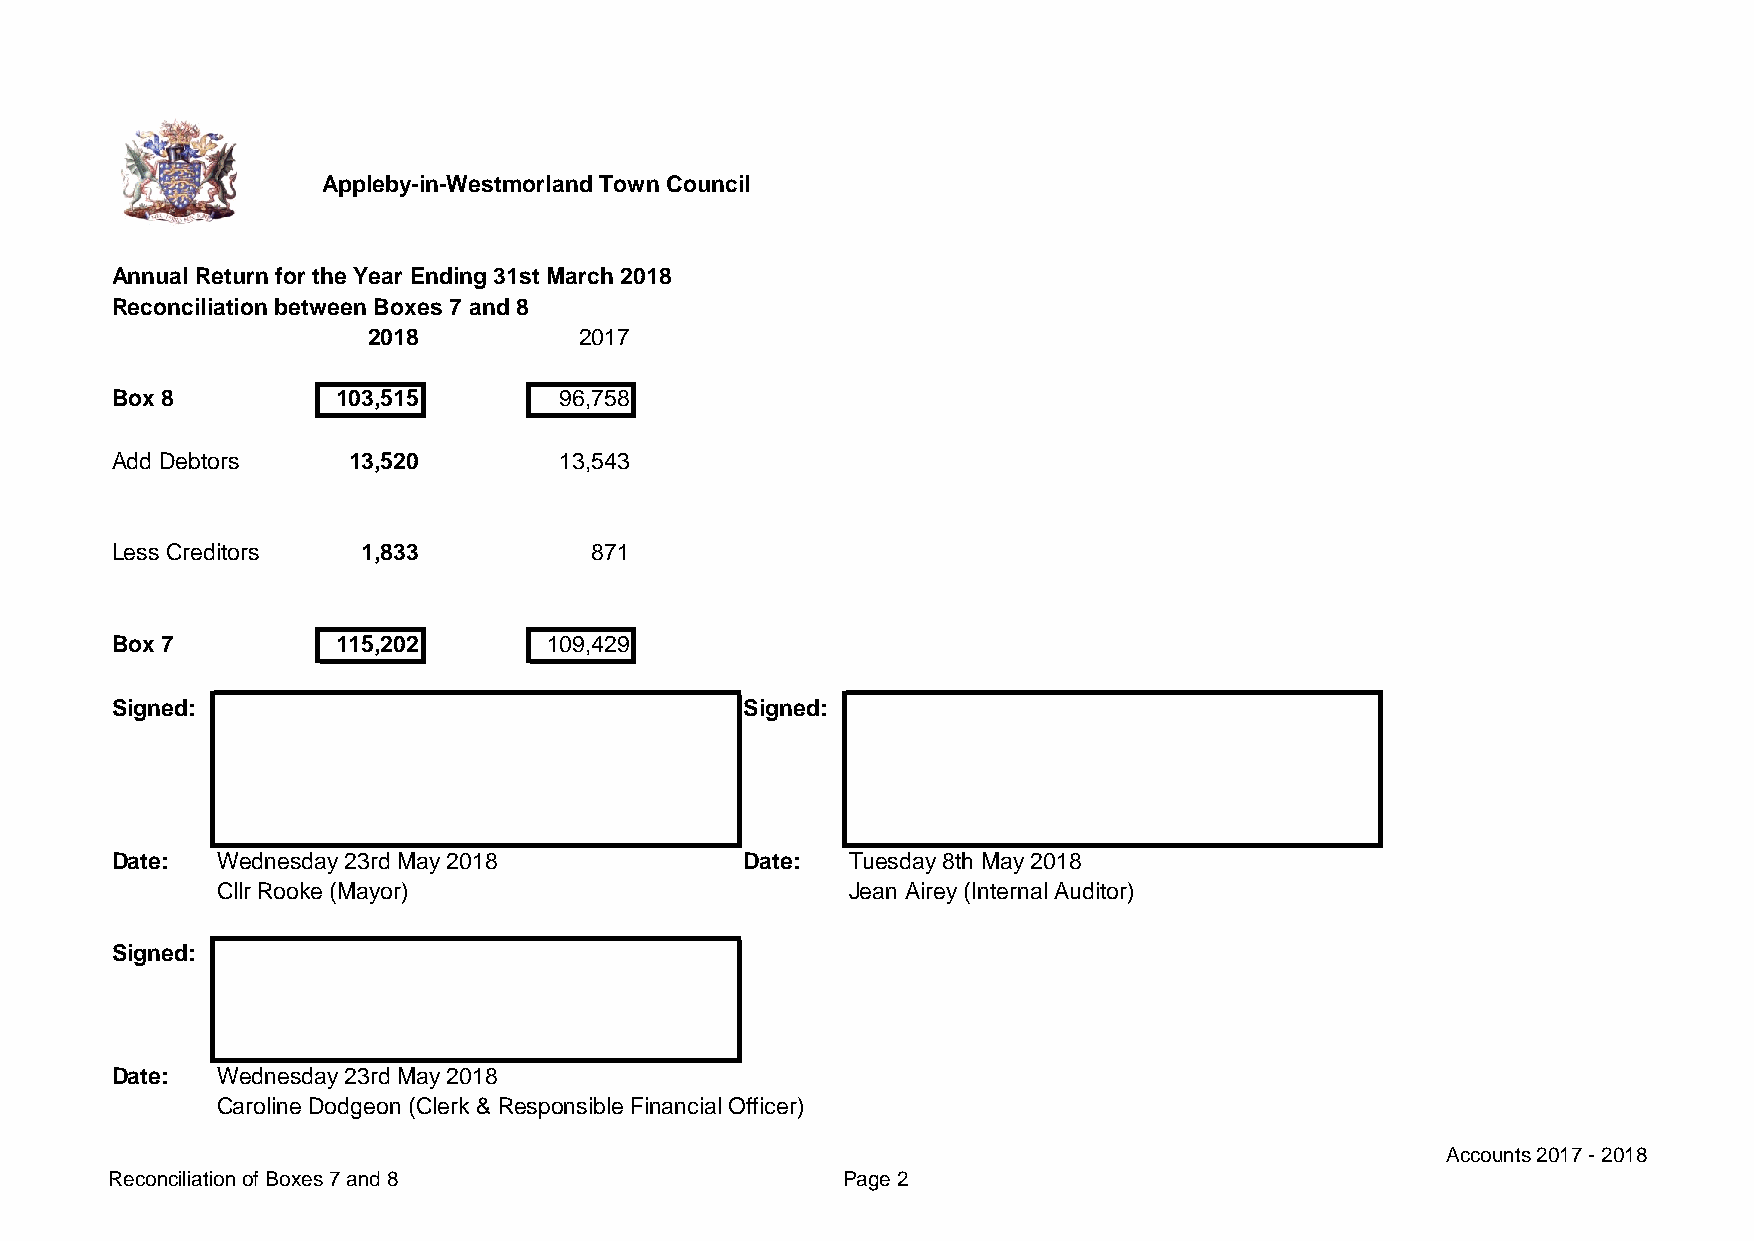
Appleby-in-Westmorland Town Council
 Annual Return for the Year Ending 31st March 2018
 Reconciliation between Boxes 7 and 8
 2018          2017
 Box 8          103,515        96,758
 Add Debtors     13,520        13,543
 Less Creditors   1,833          871
 Box 7          115,202       109,429
 Signed:                                   Signed:
 Date:  Wednesday 23rd May 2018            Date:  Tuesday 8th May 2018
 Cllr Rooke (Mayor)                        Jean Airey (Internal Auditor)
 Signed:
 Date:  Wednesday 23rd May 2018
 Caroline Dodgeon (Clerk & Responsible Financial Officer)
 Accounts 2017 - 2018
 Reconciliation of Boxes 7 and 8                  Page 2